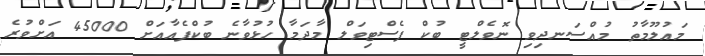
މައުލޫމާތު މުއްސަނދިވި ނޮވެލްޓީ ބުކް ފެސްޓިވަލް މާދަމާ ހުޅުވާނެ ބުކްފެއާއަށް 45000 އަށްވުރެ